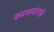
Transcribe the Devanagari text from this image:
कारवायांनाही